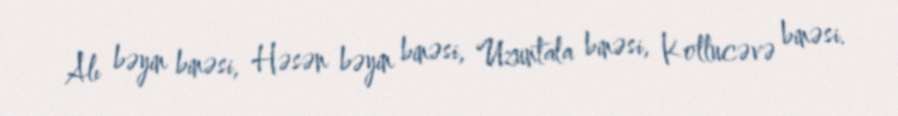
Alı bəyin binəsi, Həsən bəyin binəsi, Uzuntala binəsi, Kollucəvə binəsi.